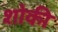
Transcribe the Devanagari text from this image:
शोकी